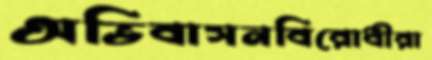
অভিবাসনবিরোধীরা